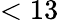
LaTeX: <13